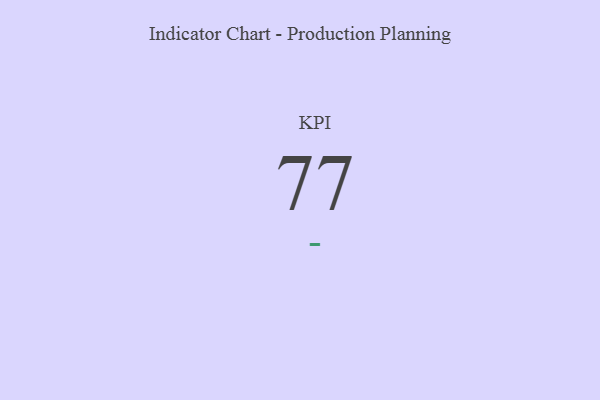
{"axis": {"x": "KPI", "y": "Value"}, "legend": [""], "data": [{"x": "KPI", "y": 77, "type": ""}]}